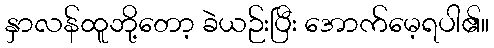
နှာလန်ထူဘို့တော့ ခဲယဉ်းပြီး အောက်မေ့ရပါ၏။